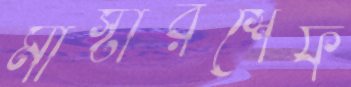
মাস্টারশেফ